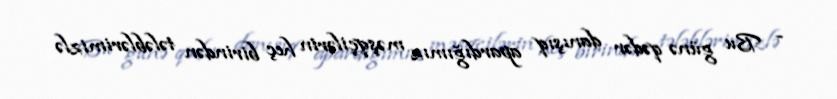
- Bu günə qədər danışıq apardığımız məşqçilərin heç birindən tələblərimizlə